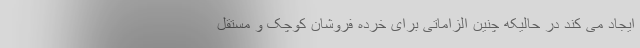
ایجاد می کند در حالیکه چنین الزاماتی برای خرده فروشان کوچک و مستقل